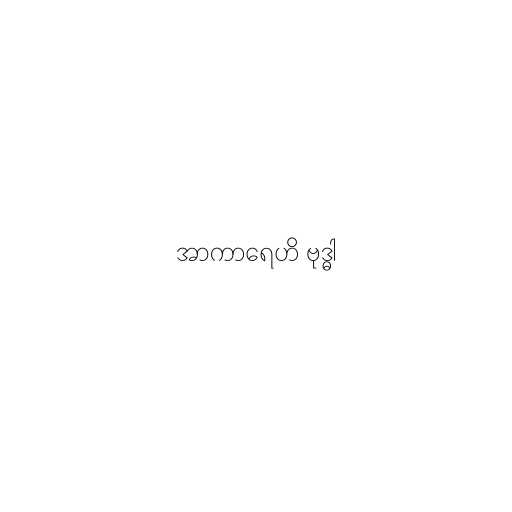
အာကာရေဟိ ဗုဒ္ဓါ